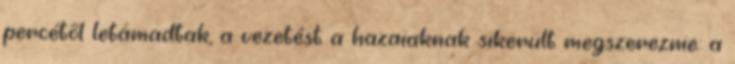
percétől letámadtak, a vezetést a hazaiaknak sikerült megszereznie: a